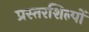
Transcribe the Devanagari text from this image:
प्रस्तरशिल्पों